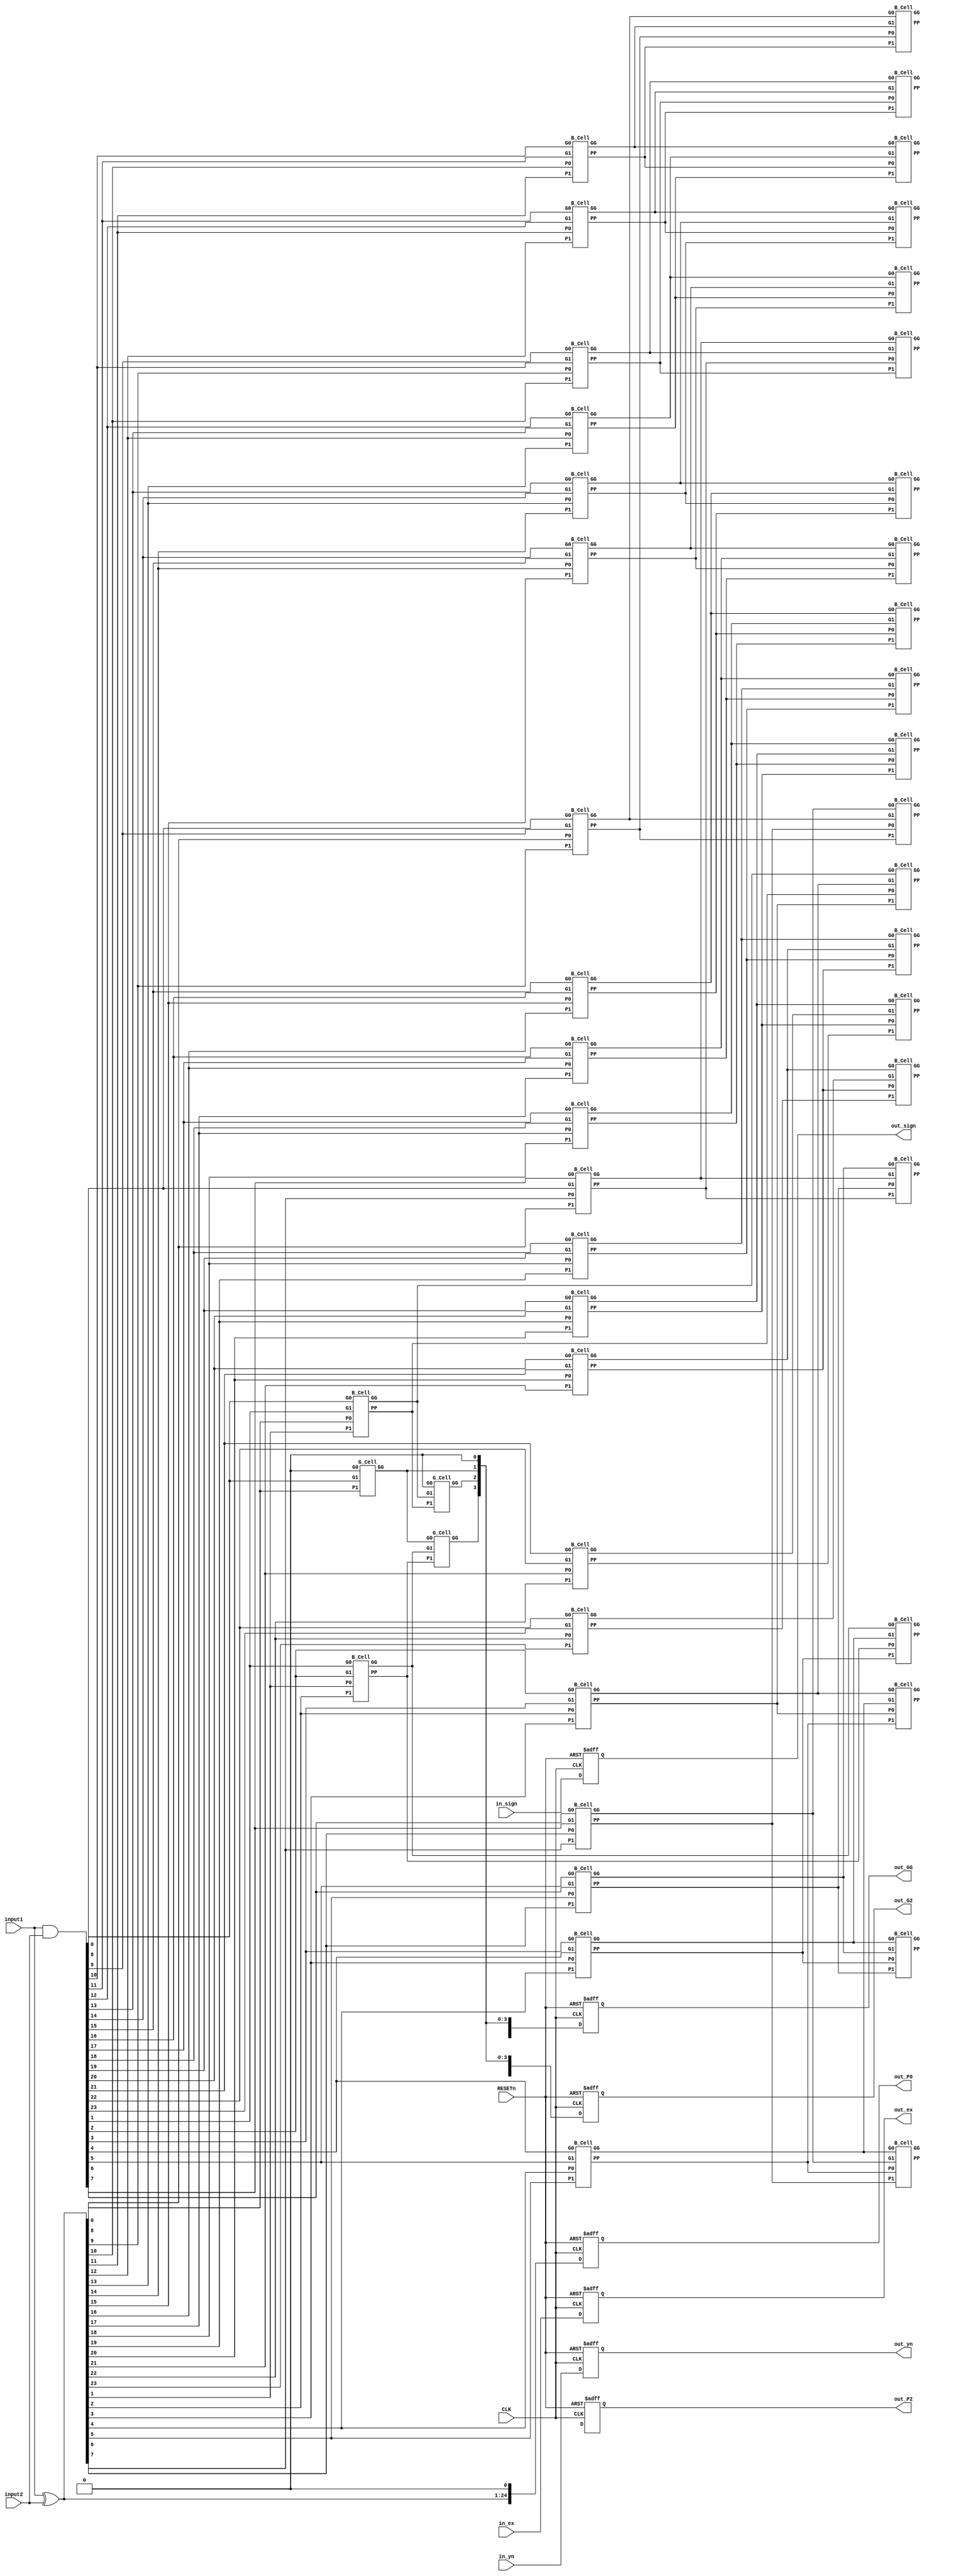
module fa_step2(CLK, RESETn, in_sign, in_ex, in_yn, input1, input2, out_P0, out_P2, out_G2, out_GG, out_sign, out_ex, out_yn);
		input CLK, RESETn;
		input in_sign, in_yn;
		input [7:0] in_ex;
		
		input [23:0] input1, input2;
		
		output reg out_sign, out_yn;
		output reg [7:0] out_ex;
		
		output reg [24:0] out_P0, out_P2, out_G2, out_GG;
		
		//////////////////////////////////////////////////////

		///P0, G0 //////////////////////////////////////
		wire [24:0] P0;
		assign P0[24:1] = input1 ^ input2;
		assign P0[0] = 0;
		
		wire [24:0] G0;
		assign G0[24:1] = input1 & input2;
		assign G0[0] = 0;
		
		
		///P1, G1 /////////////////////////////////////////////
		wire [24:0] P1, G1, GG;
		assign GG[0] = G0[0];
		
		G_Cell G_U1(.G0(G0[0]), .G1(G0[1]), .P1(P0[1]), .GG(GG[1]));
		
		genvar i;
		generate
			for(i=2 ; i<= 24; i=i+1)begin: loop_KS1
				B_Cell B_U1(.G0(G0[i-1]), .G1(G0[i]), .P0(P0[i-1]), .P1(P0[i]), .PP(P1[i]), .GG(G1[i]));
			end
		endgenerate
		
		assign G1[1:0] = GG[1:0];
		
		
		///P2, G2  ///////////////////////////////////////////////
		wire [24:0] P2, G2;
		G_Cell G_U21(.G0(G1[0]), .G1(G1[2]), .P1(P1[2]), .GG(GG[2]));	
		G_Cell G_U22(.G0(G1[1]), .G1(G1[3]), .P1(P1[3]), .GG(GG[3]));
		
		genvar j;
		generate
			for(j=4 ; j<=24 ; j=j+1) begin: loop_KS2_B
				B_Cell B_U2(.G0(G1[j-2]), .G1(G1[j]), .P0(P1[j-2]), .P1(P1[j]), .PP(P2[j]), .GG(G2[j]));
			end
		endgenerate
		
		assign G2[3:0] = GG[3:0];		
		
		////////////////////////////////////////////////
		
		always@(posedge CLK, negedge RESETn)begin
			if(!RESETn) begin
				out_sign <= 0;
				out_yn <= 0;
				out_ex <= 0;
				out_P0 <= 0;
				out_P2 <= 0;
				out_G2 <= 0;
				out_GG <= 0;				
			end
			else begin
				out_sign <= in_sign;
				out_yn <= in_yn;
				out_ex <= in_ex;
				out_P0 <= P0;
				out_P2 <= P2;
				out_G2 <= G2;
				out_GG <= GG;
			end
		end		
		
endmodule

//////////////////////////////////////////////////////////////////////////////////
module B_Cell(G0, G1, P0, P1, PP, GG);
	input G0, G1, P0, P1;
	output GG, PP;
	
	assign GG = G1 | (P1 & G0);
	assign PP = P0 & P1;
endmodule
//B_Cell = G_k-1:l, G_i:k, P_k-1:l, P_i:k >> G_i:l, P_i:l

module G_Cell(G0, G1, P1, GG);
	input G0, G1, P1;
	output GG;
	
	assign GG = G1 | (P1 & G0);
endmodule
//G_Cell = G_k-1:l, G_i:k, P_i:k >> G_i:0